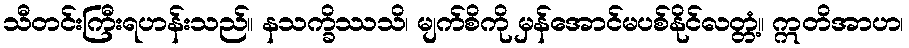
သီတင်းကြီးရဟန်းသည်။ နသက္ခိဿသိ၊ မျက်စိကို မှန်အောင်မပစ်နိုင်လတ္တံ့။ ဣတိအာဟ၊